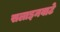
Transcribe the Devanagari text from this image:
सलाइनवाटे